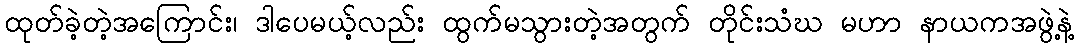
ထုတ်ခဲ့တဲ့အကြောင်း၊ ဒါပေမယ့်လည်း ထွက်မသွားတဲ့အတွက် တိုင်းသံဃ မဟာ နာယကအဖွဲ့နဲ့